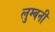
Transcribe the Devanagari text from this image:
लुम्बनी